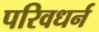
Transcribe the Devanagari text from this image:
परिवधर्न